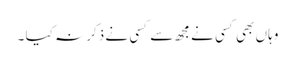
وہا ں بھی کسی نے مجھ سے کسی نے ذکر نہ کیا ۔